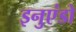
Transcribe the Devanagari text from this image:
इनुएंडो